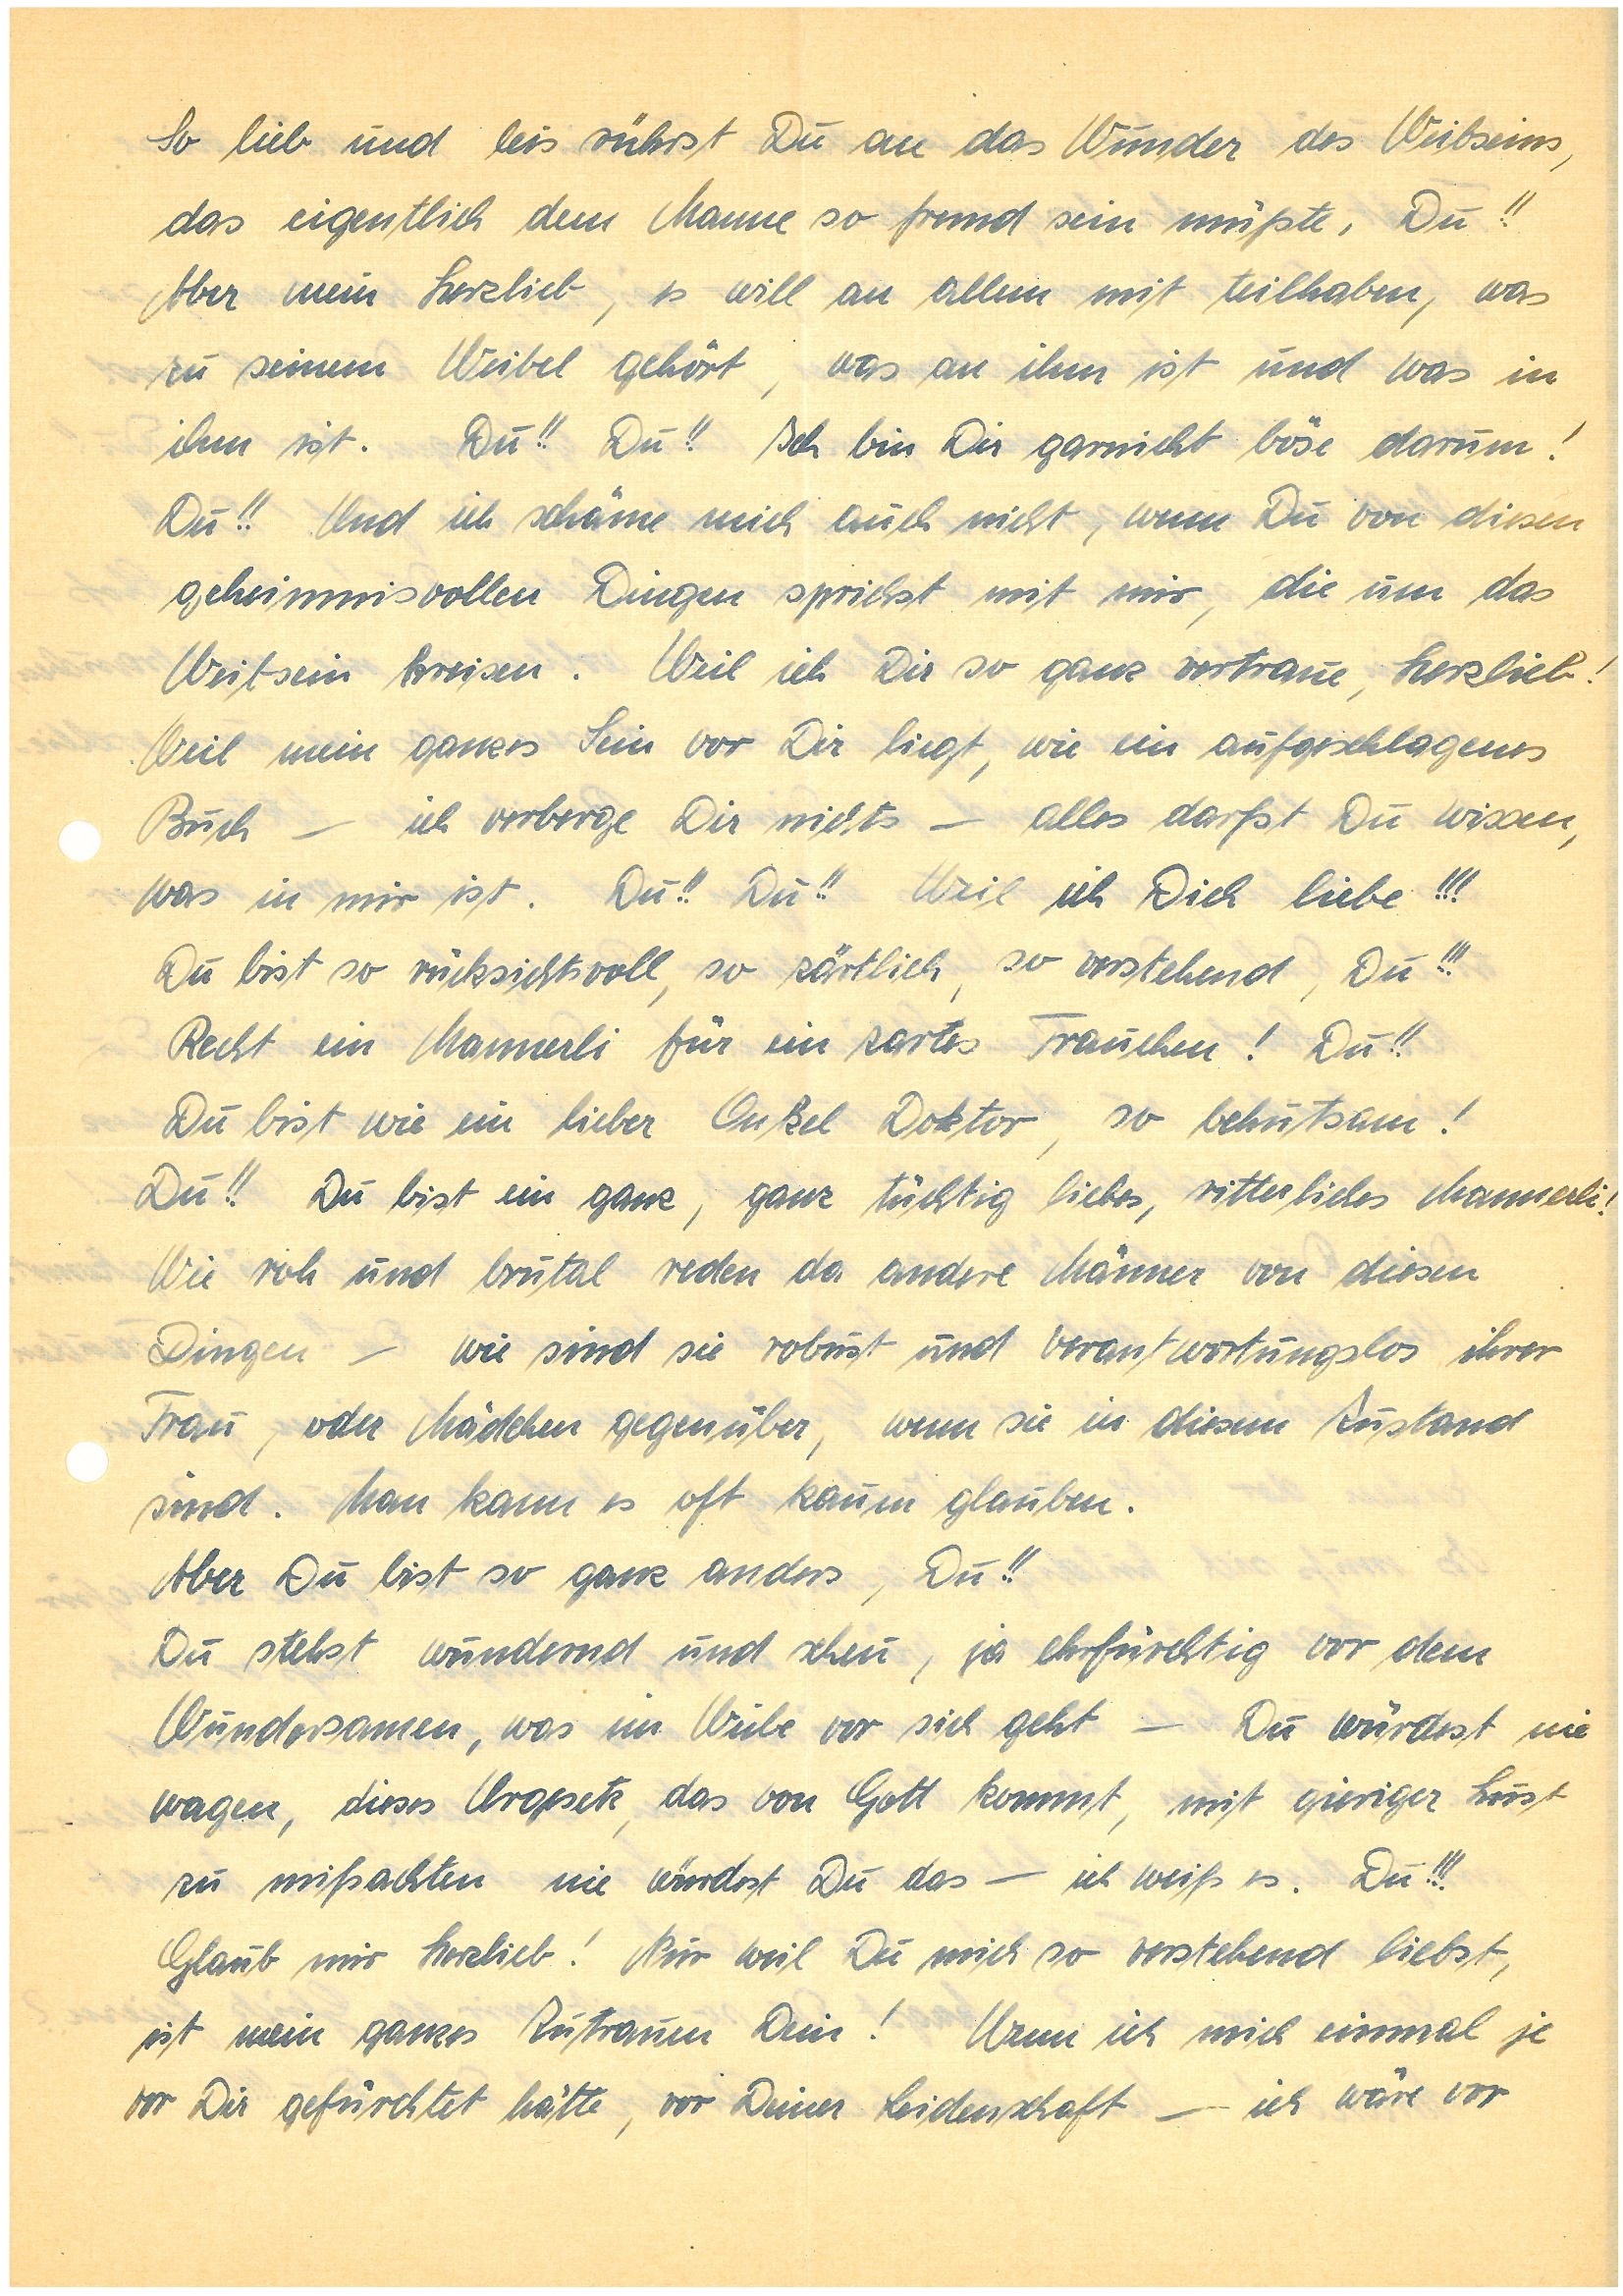
So lieb und leis rührst Du an das Wunder des Weibseins,
das eigentlich dem Manne so fremd sein müßte, Du!!
Aber mein Herzlieb, es will an allem mit teilhaben, was
zu seinem Weibel gehört, was an ihm ist und was in
ihm ist. Du!! Du!! Ich bin Dir garnicht böse darum!
Du!! Und ich schäme mich auch nicht, wenn Du von diesen
geheimnisvollen Dingen sprichst mit mir, die um das
Weibsein kreisen. Weil ich Dir so ganz vertraue, Herzlieb!
Weil mein ganzes Sein vor Dir liegt, wie ein aufgeschlagenes
Buch — ich verberge Dir nichts — alles darfst Du wissen,
was in mir ist. Du!! Du!! Weil ich Dich liebe!!!
Du bist so rücksichtsvoll, so zärtlich, so verstehend, Du!!!
Recht ein Mannerli für ein zartes Frauchen! Du!!
Du bist wie ein lieber Onkel Doktor, so behutsam!
Du!! Du bist ein ganz, ganz tüchtig liebes, ritterliches Mannerli!
Wie roh und brutal reden da andere Männer von diesen
Dingen – wie sind sie robust und verantwortungslos ihrer
Frau, oder Mädchen gegenüber, wenn sie in diesem Zustand
sind. Man kann es oft kaum glauben.
Aber Du bist so ganz anders, Du!!
Du stehst wundernd und scheu, ja ehrfürchtig vor dem
Wundersamen, was im Weibe vor sich geht – Du würdest nie
wagen, dieses Urgesetz, das von Gott kommt, mit gieriger Lust
zu mißachten nie würdest Du das — ich weiß es. Du!!!
Glaub mir Herzlieb! Nur weil Du mich so verstehend liebst,
ist mein ganzes Zutrauen Dein! Wenn ich mich einmal je
vor Dir gefürchtet hätte, vor Deiner Leidenschaft — ich wäre vor